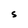
Character: S